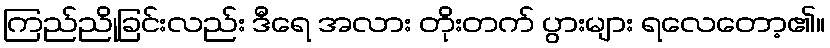
ကြည်ညိုခြင်းလည်း ဒီရေ အလား တိုးတက် ပွားများ ရလေတော့၏။